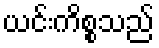
ယင်းကိစ္စသည်